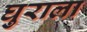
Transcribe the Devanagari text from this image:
घुराला